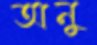
অনু